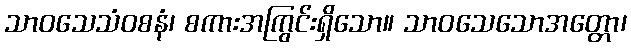
သာဝသေသံဝစနံ၊ စကားအကြွင်းရှိသော။ သာဝသေသောအတ္တော၊